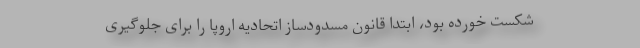
شکست خورده بود، ابتدا قانون مسدودساز اتحادیه اروپا را برای جلوگیری